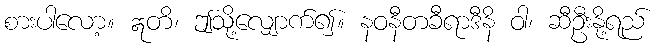
စားပါလော့။ ဣတိ၊ ဤသို့လျှောက်၍။ နဝနီတခီရာဒီနိ ဝါ၊ ဆီဦးနို့ရည်